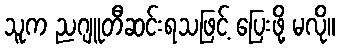
သူက ညဂျူတီဆင်းရသဖြင့် ပြေးဖို့ မလို။